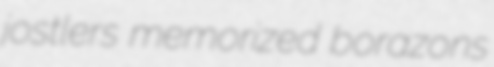
jostlers memorized borazons